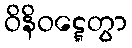
ဝိနိဝဋ္ဋေတွာ